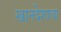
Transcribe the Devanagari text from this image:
खानदेशाचा